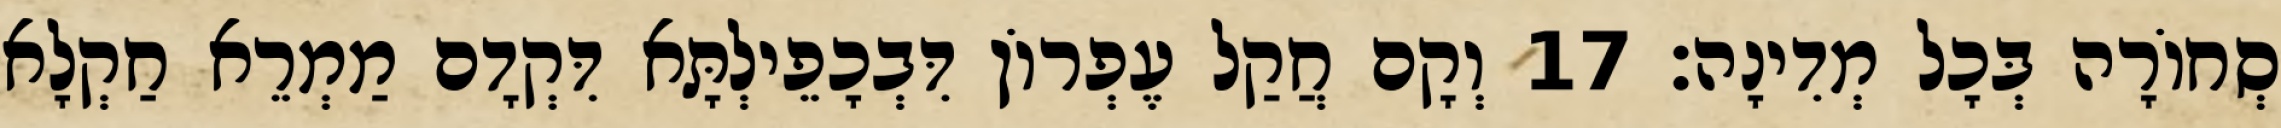
סְחוֹרָה בְּכָל מְדִינָה׃ 17 וְקָם חֲקַל עֶפְרוֹן דִּבְכָפֵילְתָּא דִּקְדָם מַמְרֵא חַקְלָא